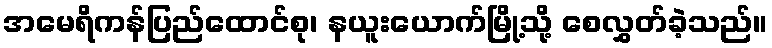
အမေရိကန်ပြည်ထောင်စု၊ နယူးယောက်မြို့သို့ စေလွှတ်ခဲ့သည်။